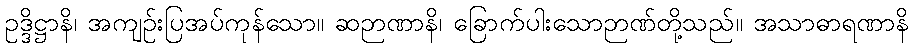
ဥဒ္ဒိဋ္ဌာနိ၊ အကျဉ်းပြအပ်ကုန်သော။ ဆဉာဏာနိ၊ ခြောက်ပါးသောဉာဏ်တို့သည်။ အသာဓာရဏာနိ